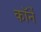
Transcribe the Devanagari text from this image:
कॉर्ने